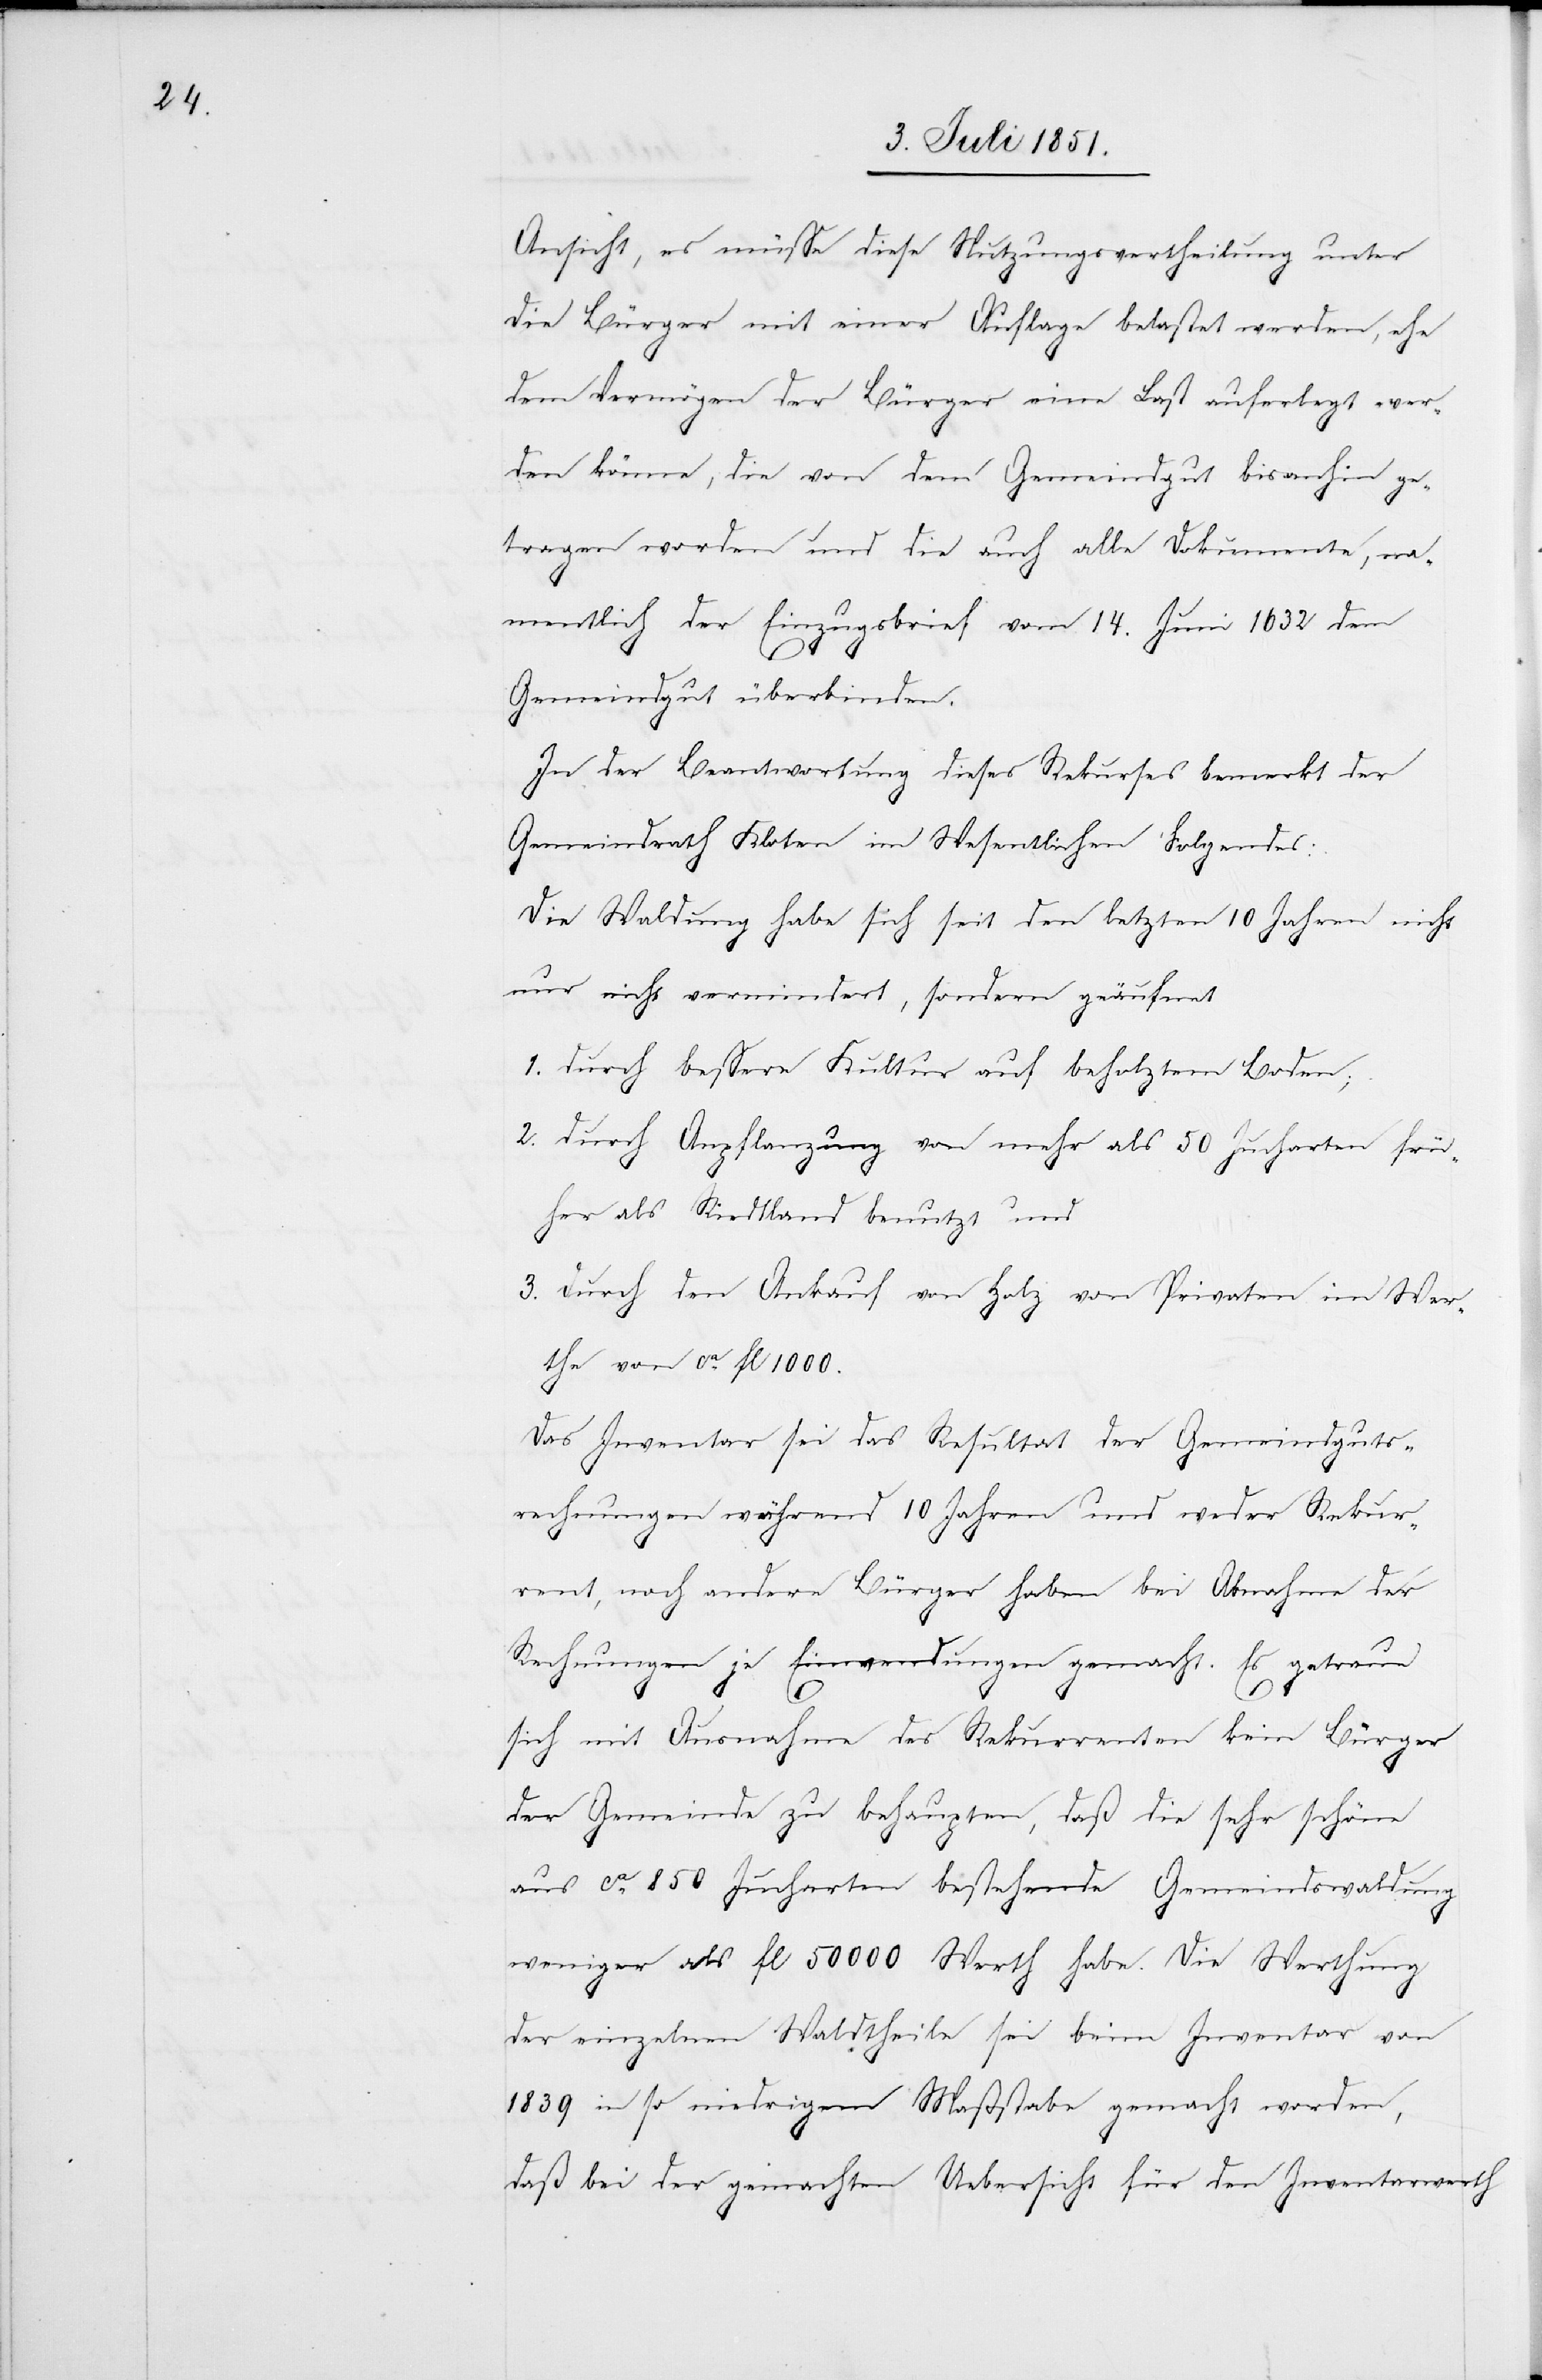
Ansicht, es müsse diese Nutzungsvertheilung unter
die Bürger mit einer Auflage belastet werden, ehe
dem Vermögen der Bürger eine Last auferlegt wer¬
den könne, die von dem Gemeindgut bisanhin ge¬
tragen worden und die auch alle Dokumente, na¬
mentlich der Einzugsbrief vom 14. Juni 1632 dem
Gemeindgut überbinden.
In der Beantwortung dieses Rekurses bemerkt der
Gemeindrath Kloten im Wesentlichen Folgendes:
Die Waldung habe sich seit den letzten 10 Jahren nicht
nur nicht vermindert, sondern geäufnet
1. durch bessere Kultur auf beholztem Boden;
2. durch Anpflanzung von mehr als 50 Jucharten frü¬
her als Riedtland benutzt und
3. durch den Ankauf von Holz von Privaten im Wer¬
the von ca. fl 1000.
Das Inventar sei das Resultat der Gemeindguts¬
rechnungen während 10 Jahren und weder Rekur¬
rent, noch andere Bürger haben bei Abnahme der
Rechnungen je Einwendungen gemacht. Es getraue
sich mit Ausnahme des Rekurrenten kein Bürger
der Gemeinde zu behaupten, daß die sehr schöne
aus ca. 850 Jucharten bestehende Gemeindswaldung
weniger als fl 50 000 Werth habe. Die Werthung
der einzelnen Waldtheile sei beim Inventar von
1839 in so niedrigem Maßstabe gemacht worden,
daß bei der gemachten Uebersicht für den Inventarwerth